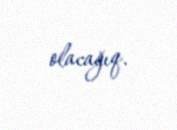
olacağıq.